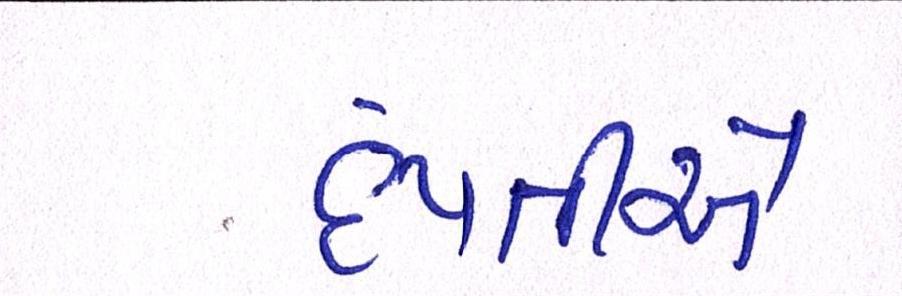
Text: દંપતીએ